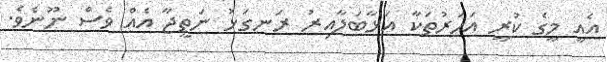
އެއީ މީގެ ކުރީ އަހަރުތަކާ އަޅާބަލާއިރު ރަނގަޅު ނަތީޖާ އެއް ވެސް ނޫނެވެ.